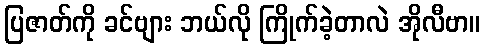
ပြဇာတ်ကို ခင်ဗျား ဘယ်လို ကြိုက်ခဲ့တာလဲ အိုလီဗာ။